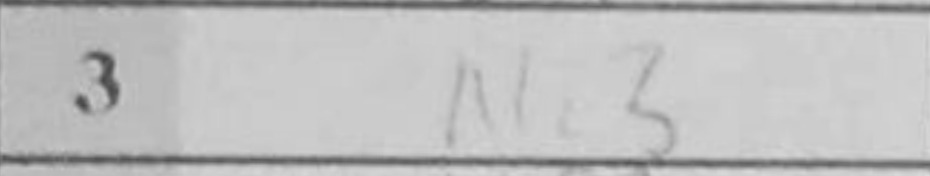
Transcription: Nc3